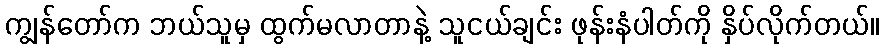
ကျွန်တော်က ဘယ်သူမှ ထွက်မလာတာနဲ့ သူငယ်ချင်း ဖုန်းနံပါတ်ကို နှိပ်လိုက်တယ်။